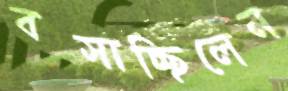
বসাচ্ছিলেন